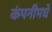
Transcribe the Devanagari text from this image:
कंपनीमधे